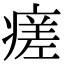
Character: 瘥